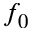
f _ { 0 }